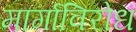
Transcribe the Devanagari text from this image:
मार्गाविरोध